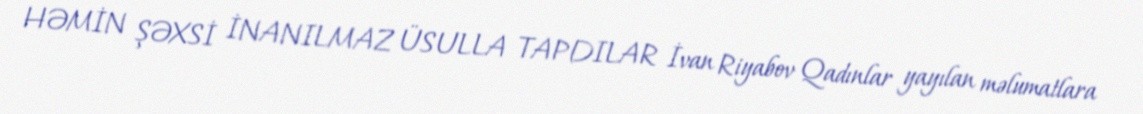
HƏMİN ŞƏXSİ İNANILMAZ ÜSULLA TAPDILAR İvan Riyabov Qadınlar yayılan məlumatlara